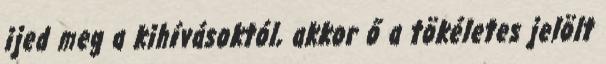
ijed meg a kihívásoktól, akkor ő a tökéletes jelölt